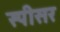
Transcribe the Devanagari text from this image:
स्पीसर